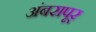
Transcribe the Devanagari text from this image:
अंबरापूर